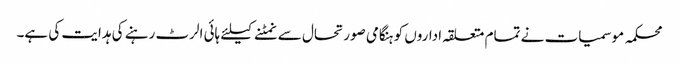
محکمہ موسمیات نے تمام متعلقہ اداروں کو ہنگامی صورتحال سے نمٹنے کیلئے ہائی الرٹ رہنے کی ہدایت کی ہے۔